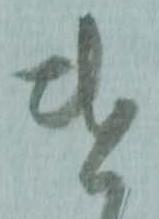
遣